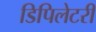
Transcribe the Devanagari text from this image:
डिपिलेटरी